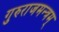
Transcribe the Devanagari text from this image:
गुरुराजमन्त्रम्